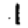
Digit: 1